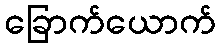
ခြောက်ယောက်